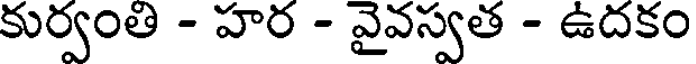
కుర్వంతి - హర - వైవస్వత - ఉదకం